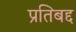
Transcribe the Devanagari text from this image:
प्रतिबद्द